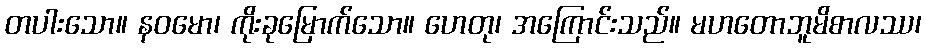
တပါးသော။ နဝမော၊ ကိုးခုမြောက်သော။ ဟေတု၊ အကြောင်းသည်။ မဟတောဘူမိစာလဿ၊